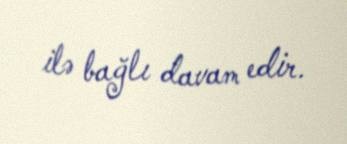
ilə bağlı davam edir.